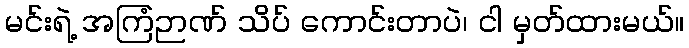
မင်းရဲ့ အကြံဉာဏ် သိပ် ကောင်းတာပဲ၊ ငါ မှတ်ထားမယ်။